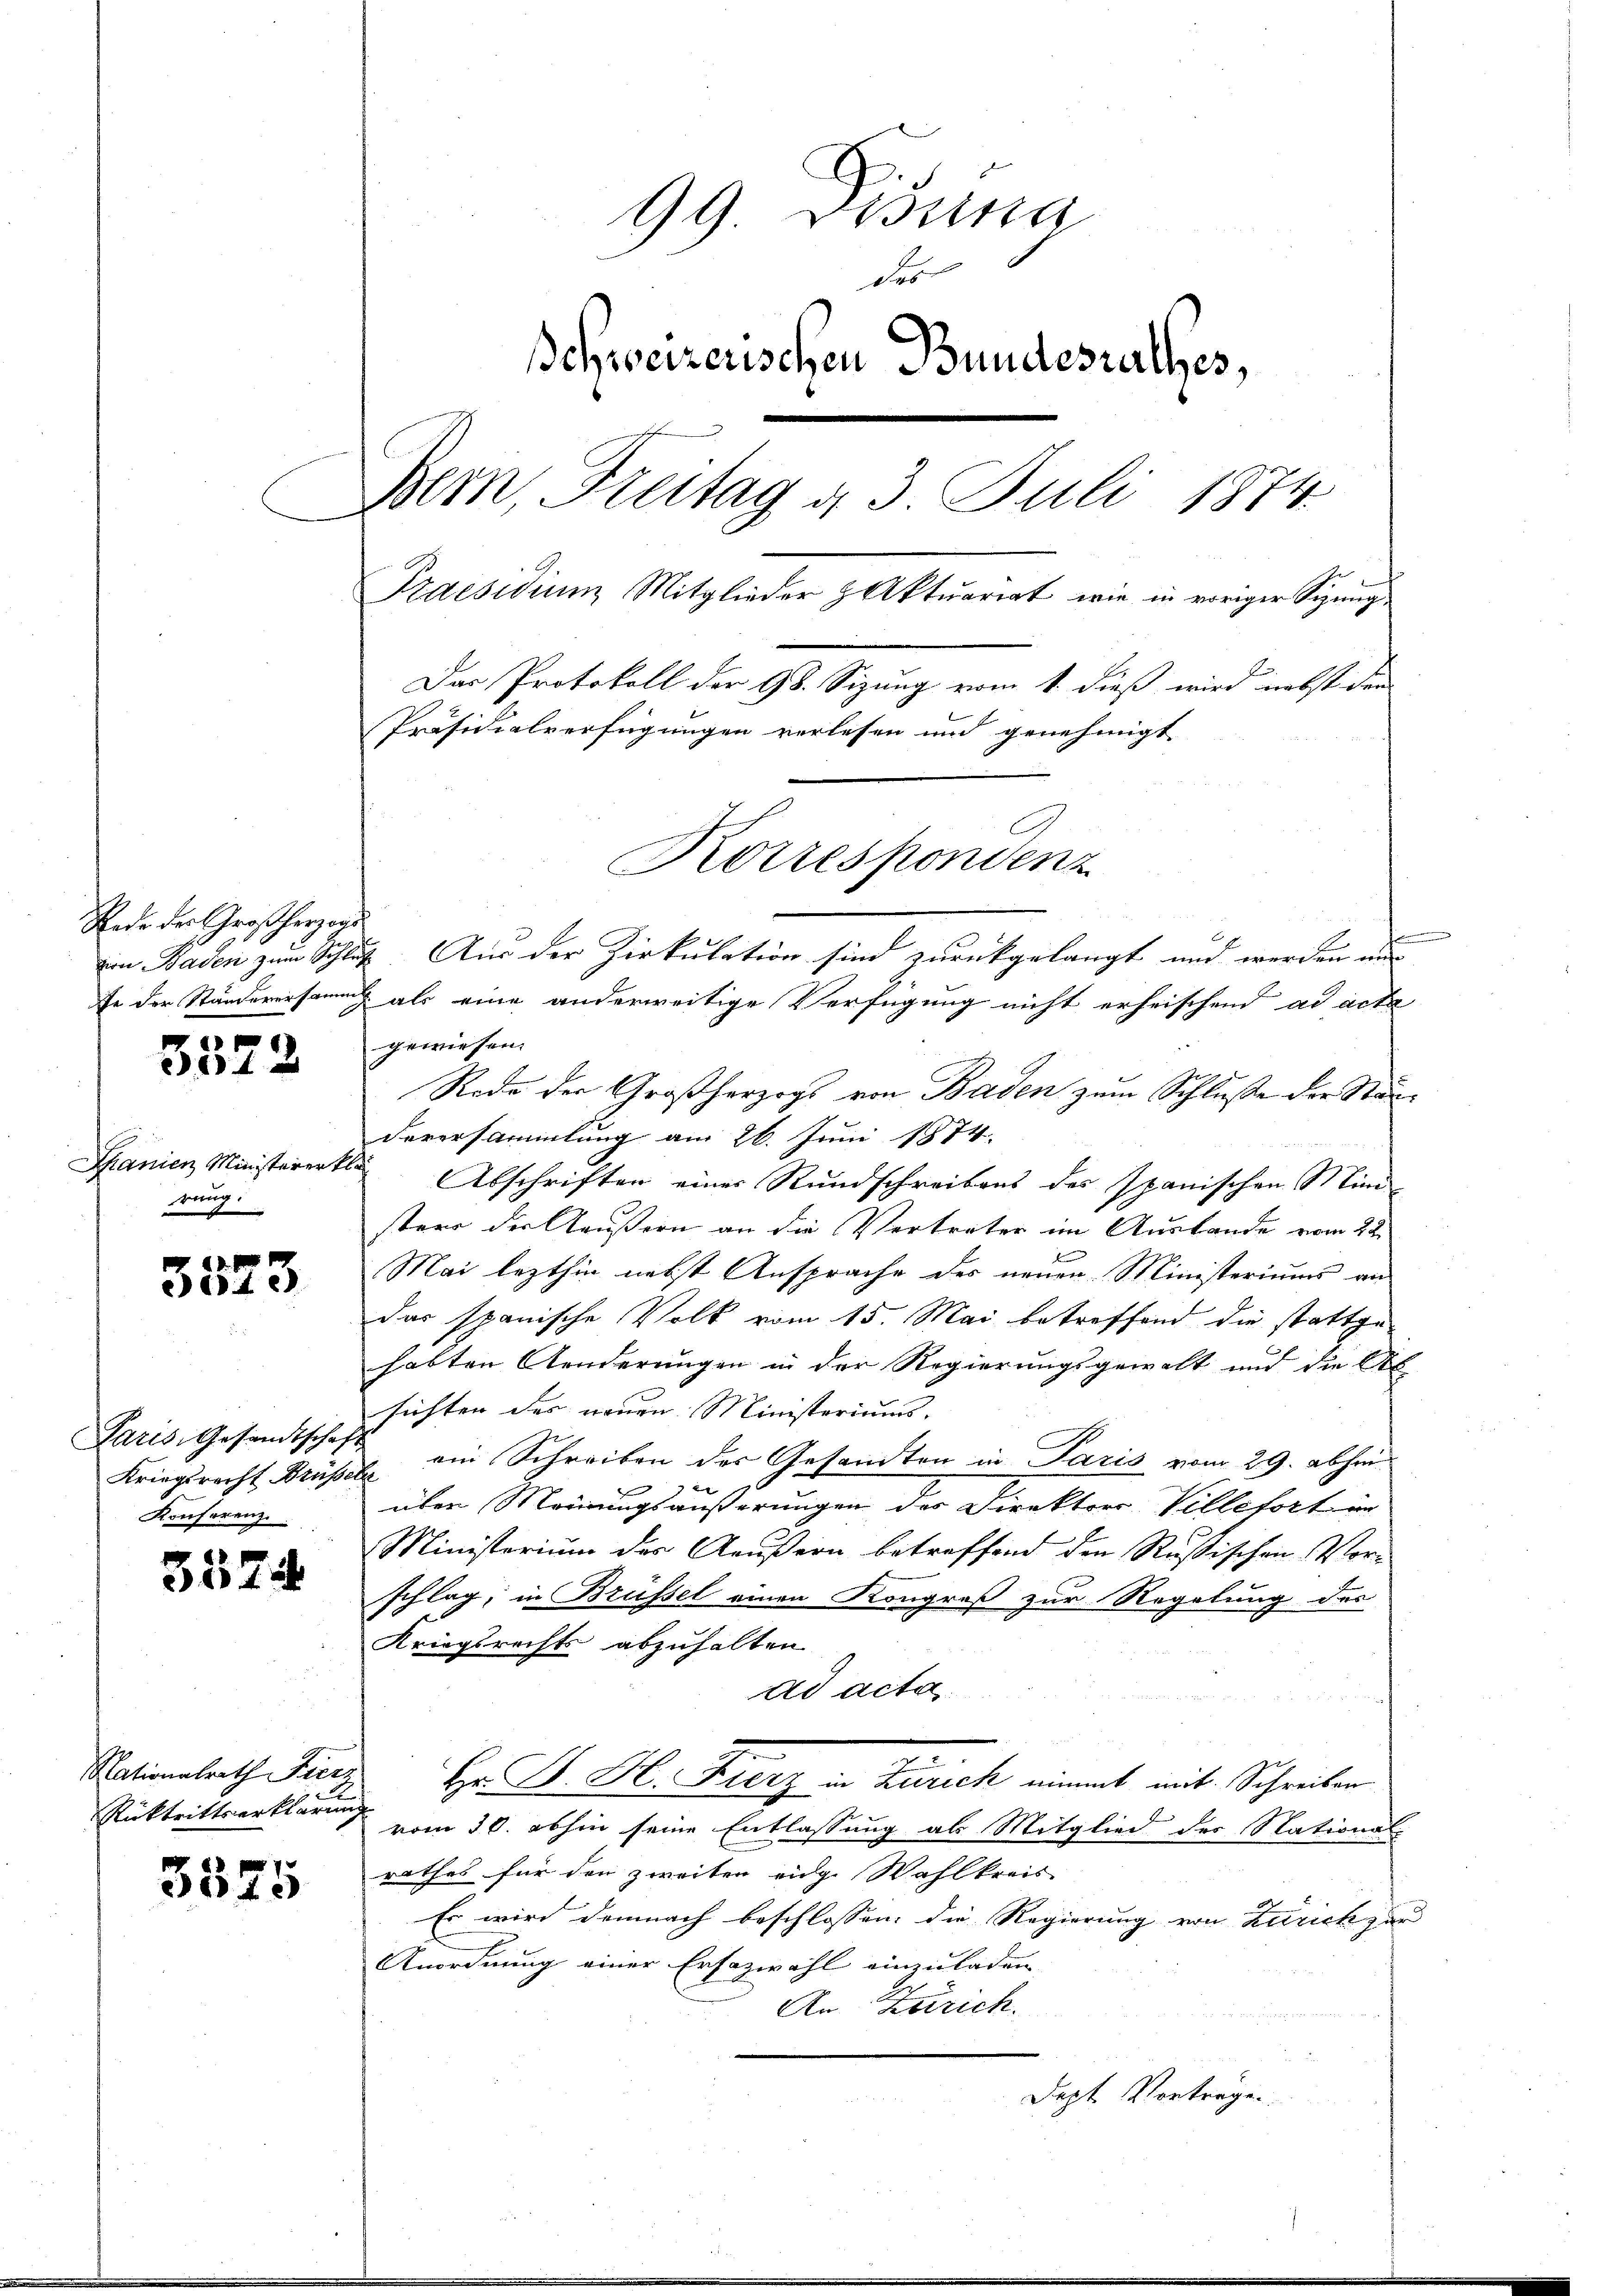
Rede der Großherzogs
zion Baden zum Schlus
fe der Ständerersamm

3322

Spanien Ministerert
rung.

cet e

Paris, Gesandtschaft
Kriegsrecht Brüs
Konferenz.

3574

Nationalrath Fierz
Rücktrittserklärung

3575

99 Lessina
des
schweizerischen Bundesrathes,
Bern, Freitag d. 3. Juli 1874.
Praesidium Mitglieder & Aktuariat, wie in voriger Sinng¬
Das Protokoll der 98. Sizung vom 1. dieß wird nebst den
Präsidialverfügungen verlesen und genehmigt
Korrespondenz

2. Aus der Zirkulation sind zurückgelangt und werden und |
als eine anderweitige Verfügung nicht erheischend ad acta
gewiesen.
Rode der Großherzogs von Baden zum Schluße der Standeversammlung am 26. Juni 1874.
Abschriften einer Rundschreibens des Spanischen Mini-
sters der Aeußern an die Vertreter im Auslande vom 22.
d
Mai lezthin nebst Ansprache des neuen Ministeriums an
das spanische Volk vom 15. Mai betreffend die stattgehabten Aenderungen in der Regierungsgewalt und die Ab
sichten des neuen Ministeriums.
u ein Schreiben des Gesandten in Paris vom 29. abhin¬
6
über Meinungsäußerungen der Direktors Villetort in
Ministerium der Aeußern betreffend den Rußischen Vorschlag, in Brüssel einen Kongreß zur Regelung der
Kriegsrechts abzuhalten
ad acta
Hr. Dr. H. Fierz in Zürich nimmt mit Schreiben
vom 30. abhin seine Entlassung als Mitglied des National-
rathes für den zweiten eige Wahlkreis
Es wird demnach beschlossen: die Regierung von Zürich zur
Anordnung einer Ersazwahl einzuladen
An Zürich.
Dept Vortrage